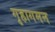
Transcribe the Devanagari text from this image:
गृहागमन